Indian journal of veterinary science and animal husbandry - Volume 11,
Year: 1941
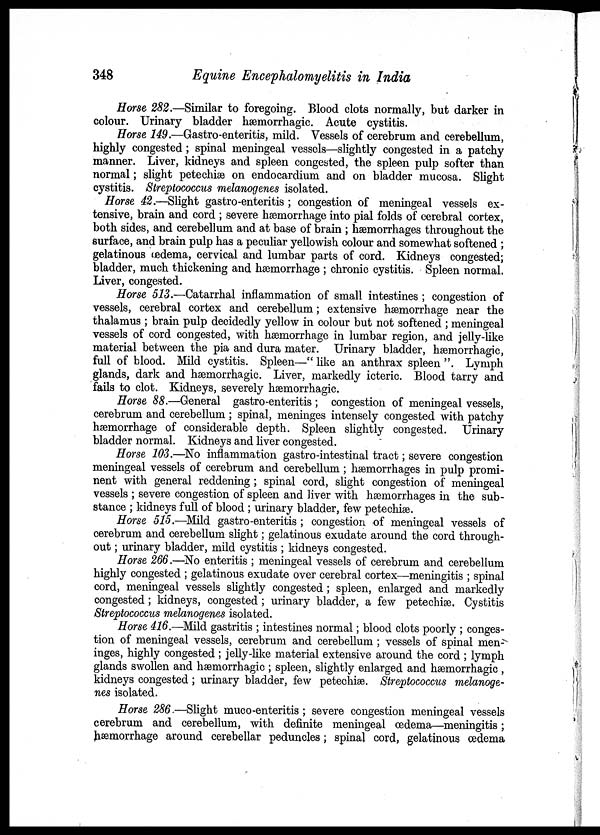
348
Equine Encephalomyelitis in India
Horse 282.—Similar to foregoing. Blood clots normally, but darker in
colour. Urinary bladder hæmorrhagic. Acute cystitis.
Horse 149.—Gastro-enteritis, mild. Vessels of cerebrum and cerebellum,
highly congested; spinal meningeal vessels—slightly congested in a patchy
manner. Liver, kidneys and spleen congested, the spleen pulp softer than
normal; slight petechiæ on endocardium and on bladder mucosa. Slight
cystitis. Streptococcus melanogenes isolated.
Horse 42.—Slight gastro-enteritis ; congestion of meningeal vessels ex-
tensive, brain and cord ; severe hæmorrhage into pial folds of cerebral cortex,
both sides, and cerebellum and at base of brain ; hæmorrhages throughout the
surface, and brain pulp has a peculiar yellowish colour and somewhat softened ;
gelatinous œdema, cervical and lumbar parts of cord. Kidneys congested;
bladder, much thickening and hæmorrhage ; chronic cystitis. Spleen normal.
Liver, congested.
Horse 513.—Catarrhal inflammation of small intestines ; congestion of
vessels, cerebral cortex and cerebellum; extensive hæmorrhage near the
thalamus ; brain pulp decidedly yellow in colour but not softened ; meningeal
vessels of cord congested, with hæmorrhage in lumbar region, and jelly-like
material between the pia and dura mater. Urinary bladder, hæmorrhagic,
full of blood. Mild cystitis. Spleen—" like an anthrax spleen ". Lymph
glands, dark and hæmorrhagic. Liver, markedly icteric. Blood tarry and
fails to clot. Kidneys, severely hæmorrhagic.
Horse 88.—General gastro-enteritis ; congestion of meningeal vessels,
cerebrum and cerebellum ; spinal, meninges intensely congested with patchy
hæmorrhage of considerable depth. Spleen slightly congested. Urinary
bladder normal. Kidneys and liver congested.
Horse 103.—No inflammation gastro-intestinal tract; severe congestion
meningeal vessels of cerebrum and cerebellum ; hæmorrhages in pulp promi-
nent with general reddening; spinal cord, slight congestion of meningeal
vessels ; severe congestion of spleen and liver with hæmorrhages in the sub-
stance ; kidneys full of blood ; urinary bladder, few petechiæ.
Horse 515.—Mild gastro-enteritis ; congestion of meningeal vessels of
cerebrum and cerebellum slight; gelatinous exudate around the cord through-
out ; urinary bladder, mild cystitis ; kidneys congested.
Horse 266.—No enteritis ; meningeal vessels of cerebrum and cerebellum
highly congested ; gelatinous exudate over cerebral cortex—meningitis ; spinal
cord, meningeal vessels slightly congested ; spleen, enlarged and markedly
congested; kidneys, congested; urinary bladder, a few petechiæ. Cystitis
Streptococcus melanogenes isolated.
Horse 416.—Mild gastritis ; intestines normal; blood clots poorly ; conges-
tion of meningeal vessels, cerebrum and cerebellum; vessels of spinal men-
inges, highly congested ; jelly-like material extensive around the cord ; lymph
glands swollen and hæmorrhagic ; spleen, slightly enlarged and hæmorrhagic ,
kidneys congested ; urinary bladder, few petechiæ. Streptococcus melanoge-
nes isolated.
Horse 286.—Slight muco -enteritis ; severe congestion meningeal vessels
cerebrum and cerebellum, with definite meningeal œdema—meningitis ;
hæmorrhage around cerebellar peduncles; spinal cord, gelatinous œdema